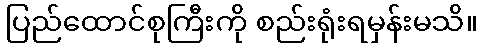
ပြည်ထောင်စုကြီးကို စည်းရုံးရမှန်းမသိ။